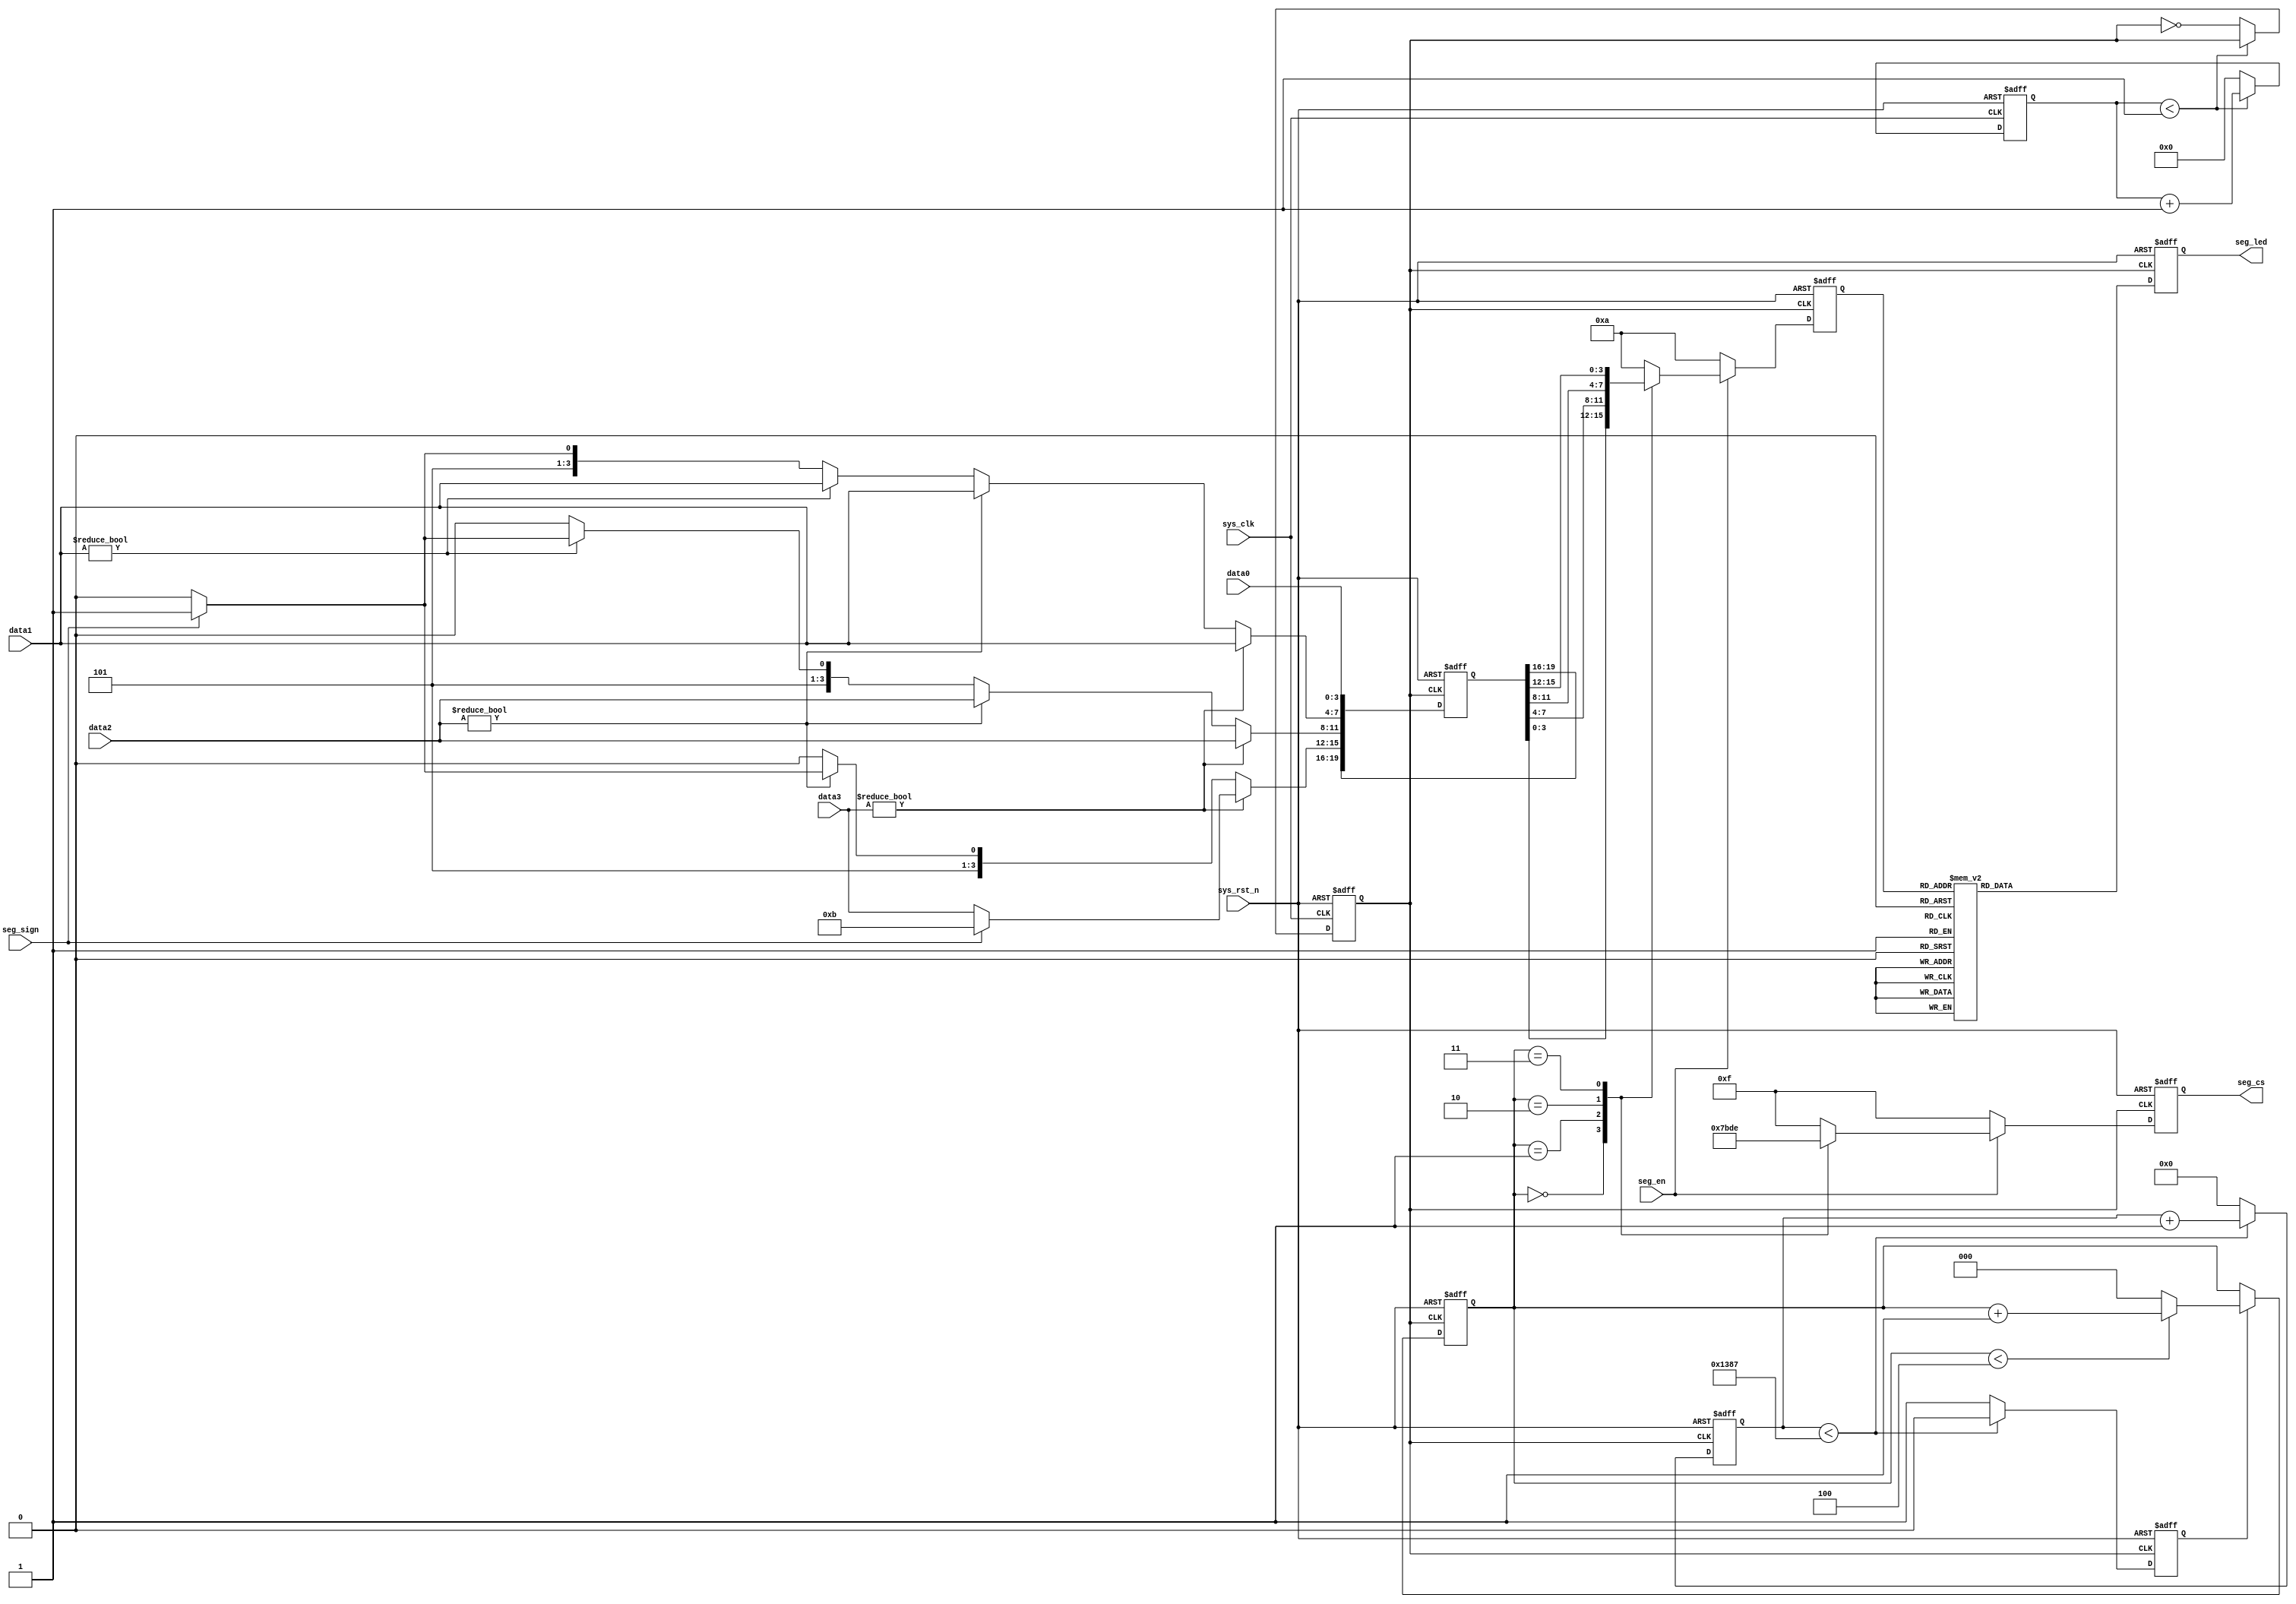
module selDig(
    input               sys_clk,
    input               sys_rst_n,
    input               seg_en,             //01
    input               seg_sign,           //01 
    input [3:0]		    data2,              //
    input [3:0]		    data1,	            //
    input [3:0]		    data0,              //
    input [3:0]         data3,              //


    output reg[3:0]     seg_cs,             //6
    output reg[7:0]     seg_led             //
);

localparam MAX_CNT = 13'd5000;              //5M1ms


reg             seg_clk;                    //5Mhz
reg             flag_1ms;                   //1ms
reg[3:0]        clk_cnt;                    //
reg[19:0]       seg_num;                    //624BCD
reg[12:0]       cnt_1ms;                    //1ms
reg[2:0]        cnt_cs;                     //
reg[3:0]        seg_dip;                    //  
 

 //1Mhz
always @(posedge sys_clk or negedge sys_rst_n) begin
    if(!sys_rst_n) begin
       clk_cnt <= 4'd0;
       seg_clk <= 1'b1;
    end
    else begin
        if(clk_cnt < 4'd5/2 -1)begin
            clk_cnt <= clk_cnt + 1'b1;
            seg_clk <= seg_clk;
        end
        else begin
            seg_clk <= ~seg_clk;
            clk_cnt <= 4'd0;
        end
    end  
end

//2428421BCD41
always @(posedge seg_clk or negedge sys_rst_n) begin
    if(!sys_rst_n) 
        seg_num <= 0;
	else begin
            if(data3) begin     
				seg_num[15:0] <= {data3,data2,data1,data0};
				if(seg_sign)
					seg_num[15:12] <= 4'd11;          
				end
    else begin
            if(data2) begin     //
				seg_num[11:0] <= {data2,data1,data0};
				if(seg_sign)
					seg_num[15:12] <= 4'd11;     //
				else
					seg_num[15:12] <= 4'd10;     //, 
				end
			else begin
				if(data1) begin     //
					seg_num[7:0] <= {data1,data0};
					seg_num[15:12] <= {3{4'd10}};    //
					if(seg_sign)
						seg_num[11:8] <= 4'd11;     //
					else
						seg_num[11:8] <= 4'd10;     //, 
				end
				else begin //
						seg_num[3:0] <= data0;
						seg_num[15:8] <= {4{4'd10}}; //
						if(seg_sign)
							seg_num[7:4] <= 4'd11;     //
						else
							seg_num[7:4] <= 4'd10;     //, 
				end
			end
		 end
		end
	end


//1ms
always @(posedge seg_clk or negedge sys_rst_n) begin
    if(!sys_rst_n) begin
        cnt_1ms <= 13'd0;
        flag_1ms <= 1'b0;
    end
    else begin
        if(cnt_1ms < MAX_CNT - 1)begin
            cnt_1ms <= cnt_1ms + 1'b1;
            flag_1ms <= 1'b0;
        end
        else begin
            flag_1ms <= 1'b1;
            cnt_1ms <= 13'd0;
        end
    end
end


//cnt_cs
always @(posedge seg_clk or negedge sys_rst_n) begin
    if(!sys_rst_n)
        cnt_cs <= 3'd0;
    else if(flag_1ms) begin
        if(cnt_cs < 3'd4)
            cnt_cs <= cnt_cs + 1'b1;
        else
            cnt_cs <= 3'd0; 
    end
    else
        cnt_cs <= cnt_cs;
end


//cnt_cs
always @(posedge seg_clk or negedge sys_rst_n) begin
    if(!sys_rst_n) begin
        seg_cs <= 4'b1111;        //
        seg_dip <= 4'd10;           //            
    end
    else begin
        if(seg_en) begin
            case(cnt_cs)
                3'd0:begin
                    seg_cs <= 4'b0111;    //
                    seg_dip <= seg_num[3:0];
                end
                3'd1:begin
                    seg_cs <= 4'b1011;    //
                    seg_dip <= seg_num[7:4];
                end
                3'd2:begin
                    seg_cs <= 4'b1101;    //
                    seg_dip <= seg_num[11:8];
                end
                3'd3:begin
                    seg_cs <= 4'b1110;    //
                    seg_dip <= seg_num[15:12];
                end
                default: begin
                    seg_cs <= 4'b1111;        //
                    seg_dip <= 4'd10;           //            
                end     
            endcase
        end
        else begin
            seg_cs <= 6'b111111;        //
            seg_dip <= 4'd10;           //            
        end
    end
end


//
always @(posedge seg_clk or negedge sys_rst_n) begin
    if(!sys_rst_n)
        seg_led <= 8'b11000000;     //0
    else begin
        case(seg_dip)
            4'd0: seg_led <= 8'b00000011;
			4'd1: seg_led <= 8'b10011111;
			4'd2: seg_led <= 8'b00100101;
			4'd3: seg_led <= 8'b00001101;
			4'd4: seg_led <= 8'b10011001;
			4'd5: seg_led <= 8'b01001001;
			4'd6: seg_led <= 8'b01000001;
			4'd7: seg_led <= 8'b00011111;
			4'd8: seg_led <= 8'b00000001;
			4'd9: seg_led <= 8'b00001001;
			4'd11: seg_led <= 8'b11111101;// 
			4'd10:  seg_led <= 8'b11111111;
			default: seg_led <= 8'b11111111;
        endcase
    end 
end	
 endmodule